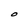
Character: O